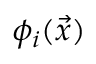
\phi _ { i } ( \vec { x } )